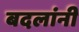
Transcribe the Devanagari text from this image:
बदलांनी